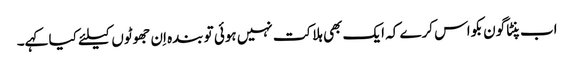
اب پنٹاگون بکواس کرے کہ ایک بھی ہلاکت نہیں ہوئی تو بندہ اِن جھوٹوں کیلئے کیا کہے۔